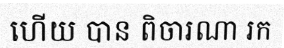
ហើយ បាន ពិចារណា រក